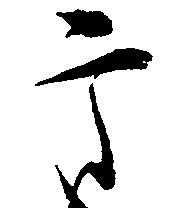
高